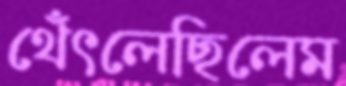
থেঁৎলেছিলেম